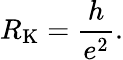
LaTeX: R_{\mathrm{K}}={\frac{h}{e^{2}}}.